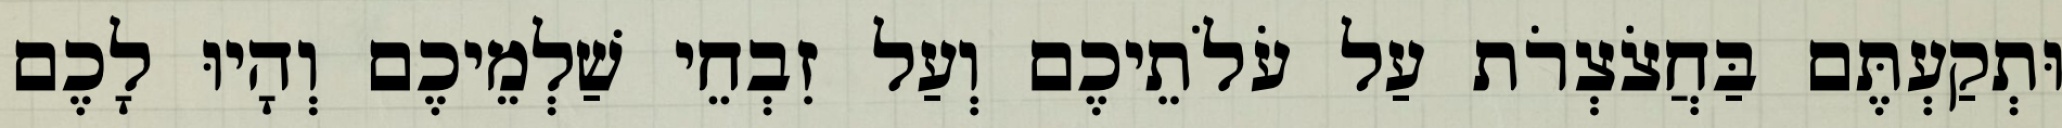
וּתְקַעְתֶּם בַּחֲצֹצְרֹת עַל עֹלֹתֵיכֶם וְעַל זִבְחֵי שַׁלְמֵיכֶם וְהָיוּ לָכֶם